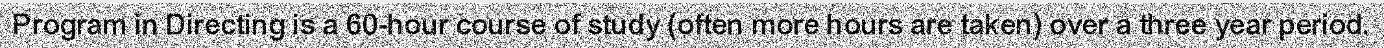
Program in Directing is a 60-hour course of study (often more hours are taken) over a three year period.